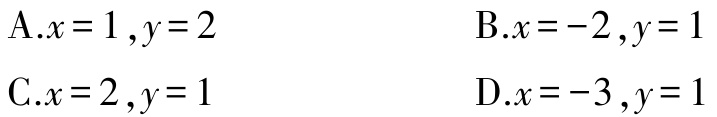
A.$x = 1,y = 2$
B.$x = -2,y = 1$
C.$x = 2,y = 1$
D.$x = -3,y = 1$